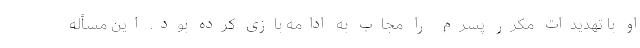
او با تهدیدات مکرر پسرم را مجاب به ادامه بازی کرده بود. این مسأله